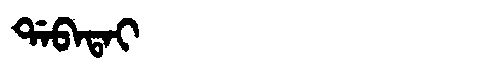
Manchu: ᡩᠠᠪᠠᡨᠠᡳ
Romanization: DABATAI